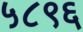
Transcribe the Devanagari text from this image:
५८९६